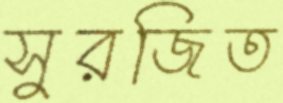
সুরজিত